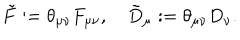
\tilde { F } : = \theta _ { \mu \nu } F _ { \mu \nu } , \quad \tilde { D } _ { \mu } : = \theta _ { \mu \nu } D _ { \nu } .